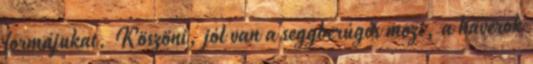
formájukat. Köszöni, jól van a seggberúgós mozi, a haverok